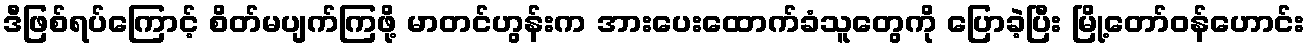
ဒီဖြစ်ရပ်ကြောင့် စိတ်မပျက်ကြဖို့ မာတင်ဟွန်းက အားပေးထောက်ခံသူတွေကို ပြောခဲ့ပြီး မြို့တော်ဝန်ဟောင်း